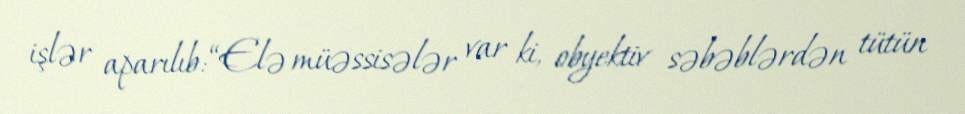
işlər aparılıb: “Elə müəssisələr var ki, obyektiv səbəblərdən tütün